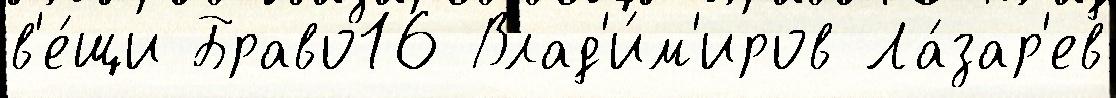
в'е́щи Браво16 Влад'и́м'иров Ла́зар'ев